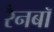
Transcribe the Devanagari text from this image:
रैनबॉ